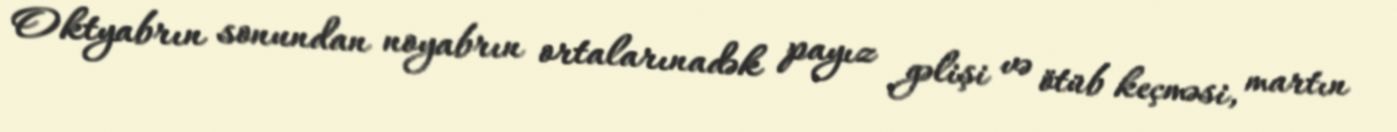
Oktyabrın sonundan noyabrın ortalarınadək payız gəlişi və ötüb keçməsi, martın